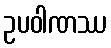
ဥပဝါဏဿ